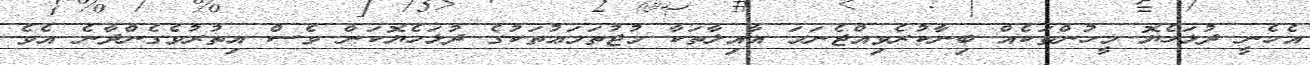
އެހެނީ ދުޅަހެޔޮ މީހުންތަކެއް ބިނާކުރެވިއްޖެނަމަ އާއިލާތަކާ މުޖުތަމަޢުތަކުގެ ދުޅަހެޔޮކަން ވެސް އިތުރުވެގެންދާނެ އެވެ.